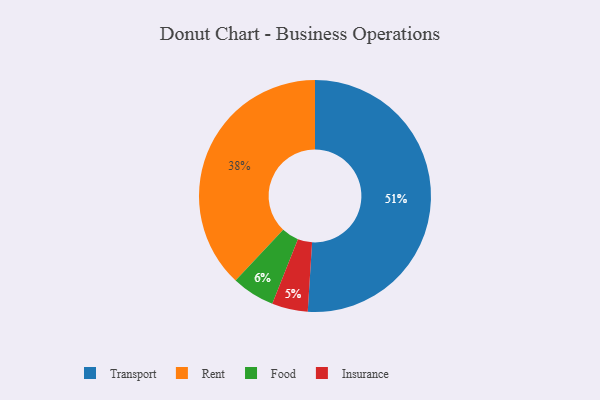
{"axis": {"x": "Category", "y": "Percentage"}, "legend": ["Food", "Insurance", "Rent", "Transport"], "data": [{"x": "Rent", "y": 38, "type": "Rent"}, {"x": "Transport", "y": 51, "type": "Transport"}, {"x": "Food", "y": 6, "type": "Food"}, {"x": "Insurance", "y": 5, "type": "Insurance"}]}